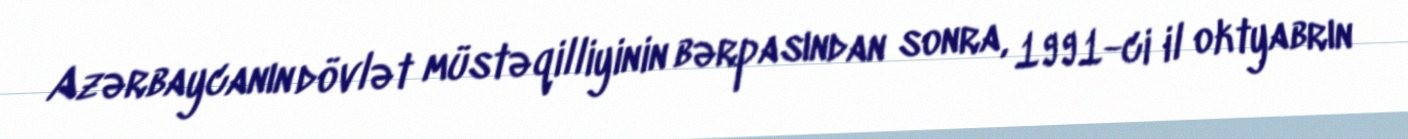
Azərbaycanın dövlət müstəqilliyinin bərpasından sonra, 1991-ci il oktyabrın